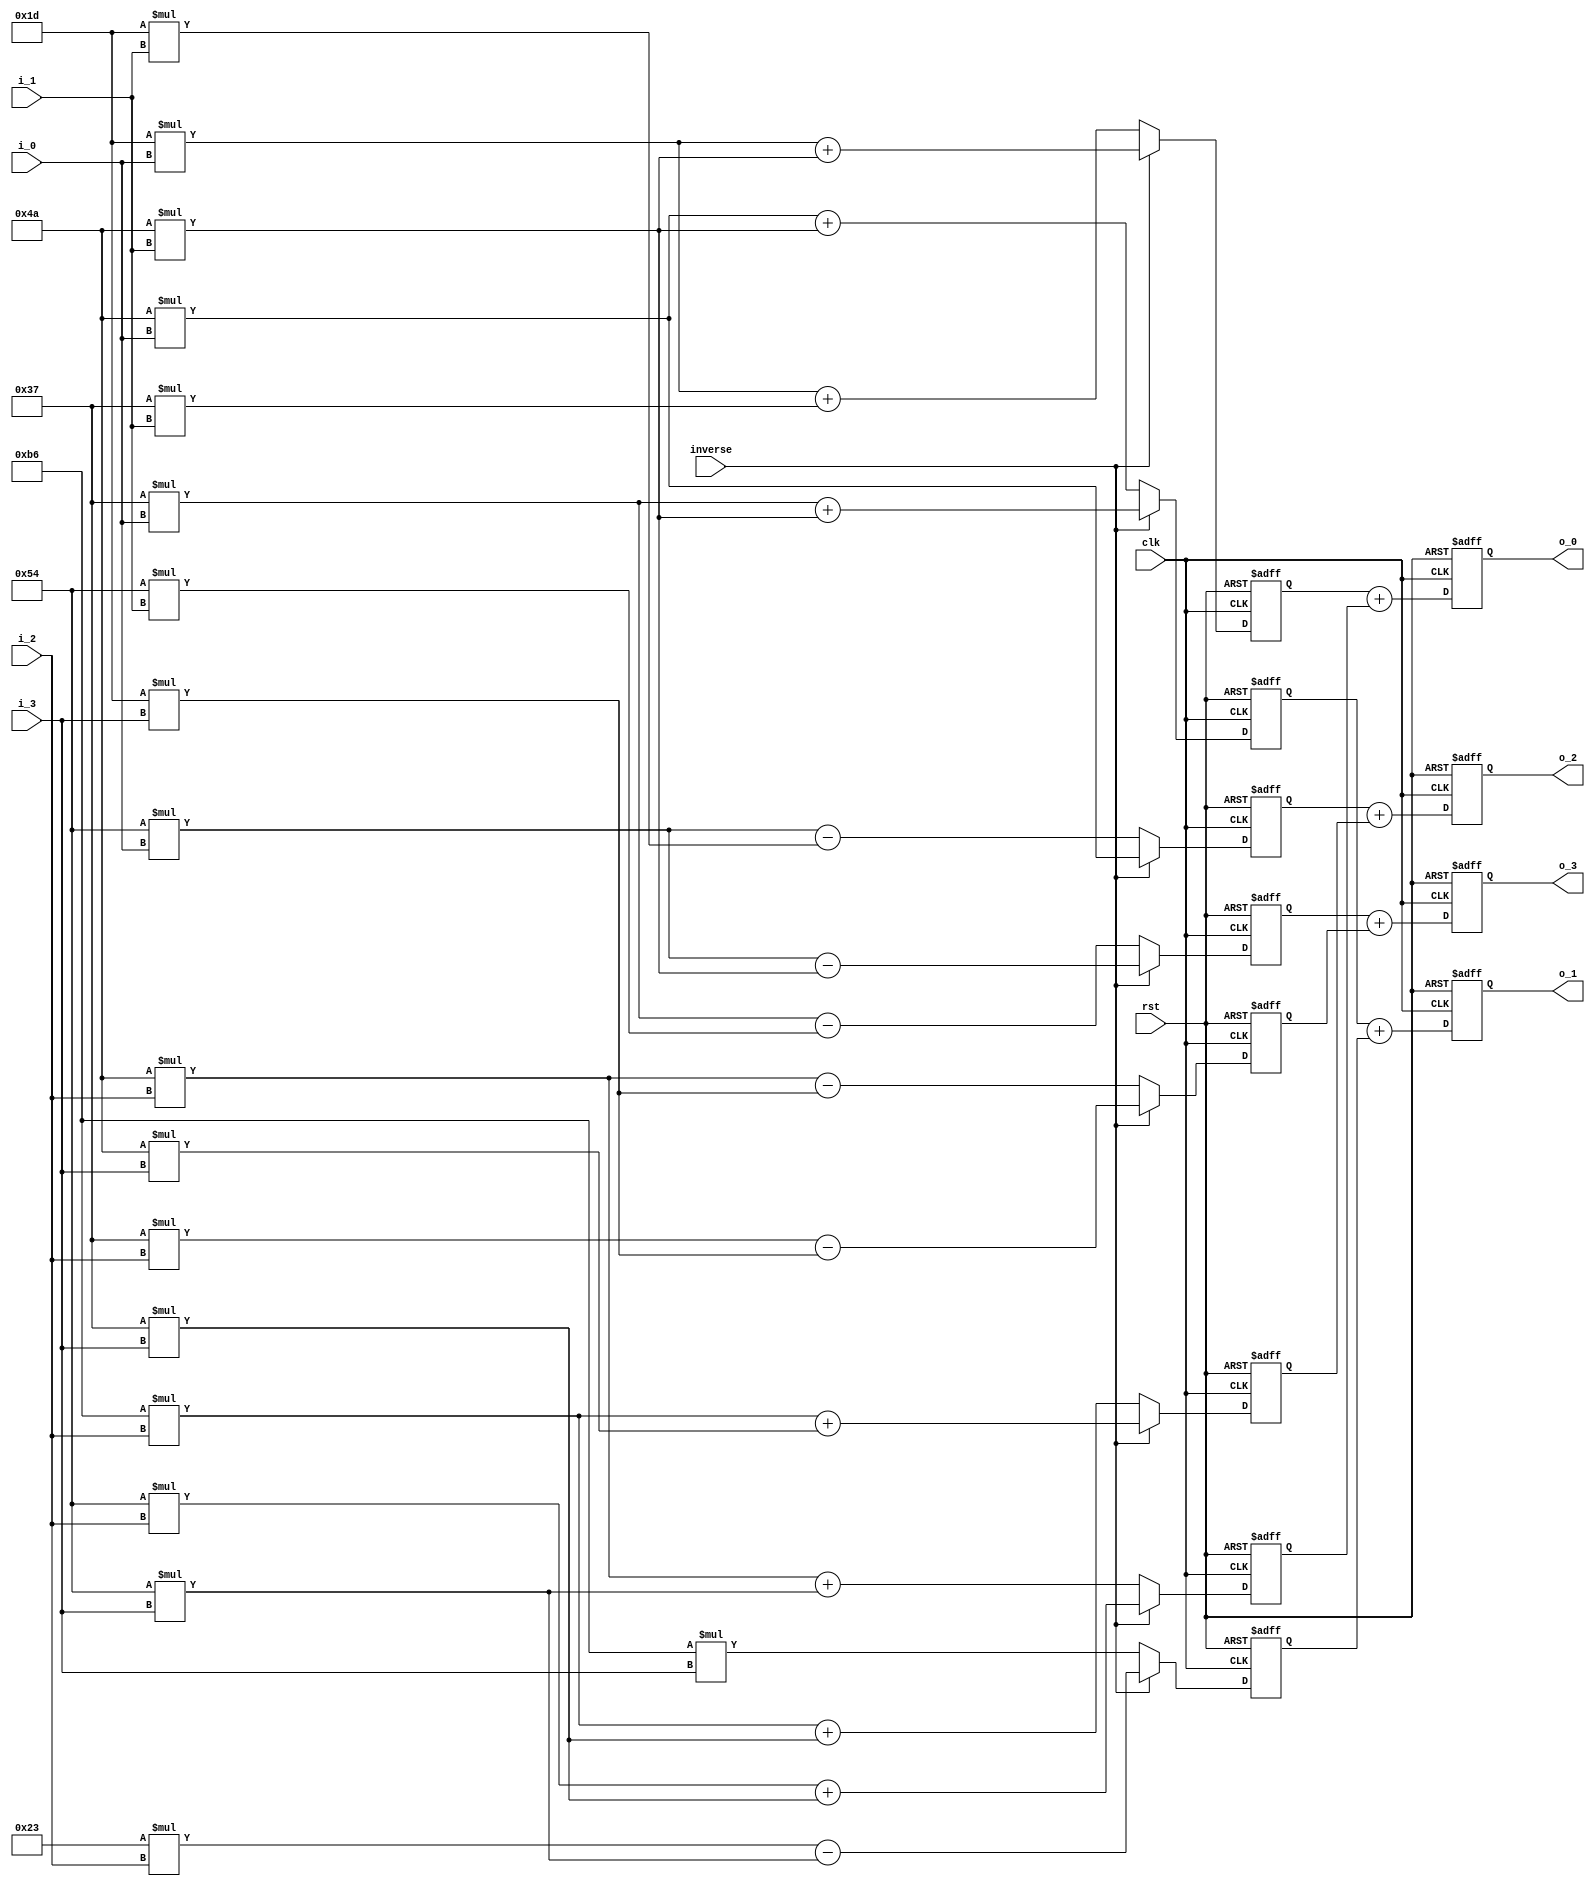
module  dst(
          clk,
          rst,
      inverse,
      
          i_0,
          i_1,
          i_2,
          i_3,
          
          o_0,
          o_1,
          o_2,
          o_3
);

// ********************************************
//                                             
//  INPUT / OUTPUT DECLARATION                                               
//                                                                             
// ********************************************  
input                    clk;
input                    rst;
input                inverse;
input signed      [18:0] i_0;
input signed      [18:0] i_1;
input signed      [18:0] i_2;
input signed      [18:0] i_3;

output reg signed [27:0] o_0;
output reg signed [27:0] o_1;
output reg signed [27:0] o_2;
output reg signed [27:0] o_3;

// **********************************************
//                                             
//    Wire DECLARATION                         
//                                             
// **********************************************

wire signed [26:0]     w0_00;
wire signed [26:0]     w0_01;
wire signed [26:0]     w0_10;
wire signed [26:0]     w0_11;
wire signed [26:0]     w0_20;
wire signed [26:0]     w0_21;
wire signed [26:0]     w0_30;
wire signed [26:0]     w0_31;

wire signed [26:0]     w1_00;
wire signed [26:0]     w1_01;
wire signed [26:0]     w1_10;
wire signed [26:0]     w1_11;
wire signed [26:0]     w1_20;
wire signed [26:0]     w1_21;
wire signed [26:0]     w1_30;
wire signed [26:0]     w1_31;


// **********************************************
//                                             
//    REG DECLARATION                         
//                                             
// **********************************************

reg  signed [26:0]     o_00;
reg  signed [26:0]     o_01;
reg  signed [26:0]     o_10;
reg  signed [26:0]     o_11;
reg  signed [26:0]     o_20;
reg  signed [26:0]     o_21;
reg  signed [26:0]     o_30;
reg  signed [26:0]     o_31;

// ********************************************
//                                             
//    Combinational Logic                      
//                                             
// ********************************************

assign w0_00=29*i_0+55*i_1;
assign w0_01=74*i_2+84*i_3;
assign w0_10=74*i_0+74*i_1;
assign w0_11= -74*i_3;
assign w0_20=84*i_0-29*i_1;
assign w0_21=-74*i_2+55*i_3;
assign w0_30=55*i_0-84*i_1;
assign w0_31=74*i_2-29*i_3;

assign w1_00=29*i_0+74*i_1;
assign w1_01=84*i_2+55*i_3;
assign w1_10=55*i_0+74*i_1;
assign w1_11= -29*i_2-84*i_3;
assign w1_20=74*i_0;
assign w1_21=-74*i_2+74*i_3;
assign w1_30=84*i_0-74*i_1;
assign w1_31=55*i_2-29*i_3;

// ********************************************
//                                             
//    Sequential  Logic                        
//                                             
// ********************************************

always @(posedge clk or negedge rst)
   if(!rst) begin
   o_00<='b0; o_01<='b0;
   o_10<='b0; o_11<='b0;
   o_20<='b0; o_21<='b0;
   o_30<='b0; o_31<='b0; 
   end
   else
 if(inverse)   begin
   o_00<=w1_00; o_01<=w1_01;
   o_10<=w1_10; o_11<=w1_11;
   o_20<=w1_20; o_21<=w1_21;
   o_30<=w1_30; o_31<=w1_31;
   end
   else  begin
   o_00<=w0_00; o_01<=w0_01;
   o_10<=w0_10; o_11<=w0_11;
   o_20<=w0_20; o_21<=w0_21;
   o_30<=w0_30; o_31<=w0_31;
   end
   
   
 always @(posedge clk or negedge rst)
   if(!rst) begin
   o_0<='b0; o_1<='b0;
   o_2<='b0; o_3<='b0;
   end
   else begin
   o_0<=o_00+o_01;o_1<=o_10+o_11;
   o_2<=o_20+o_21;o_3<=o_30+o_31;
   end  
   
endmodule